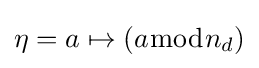
\eta =a\mapsto (a{\bmod {n}}_{d})